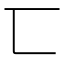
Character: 匸